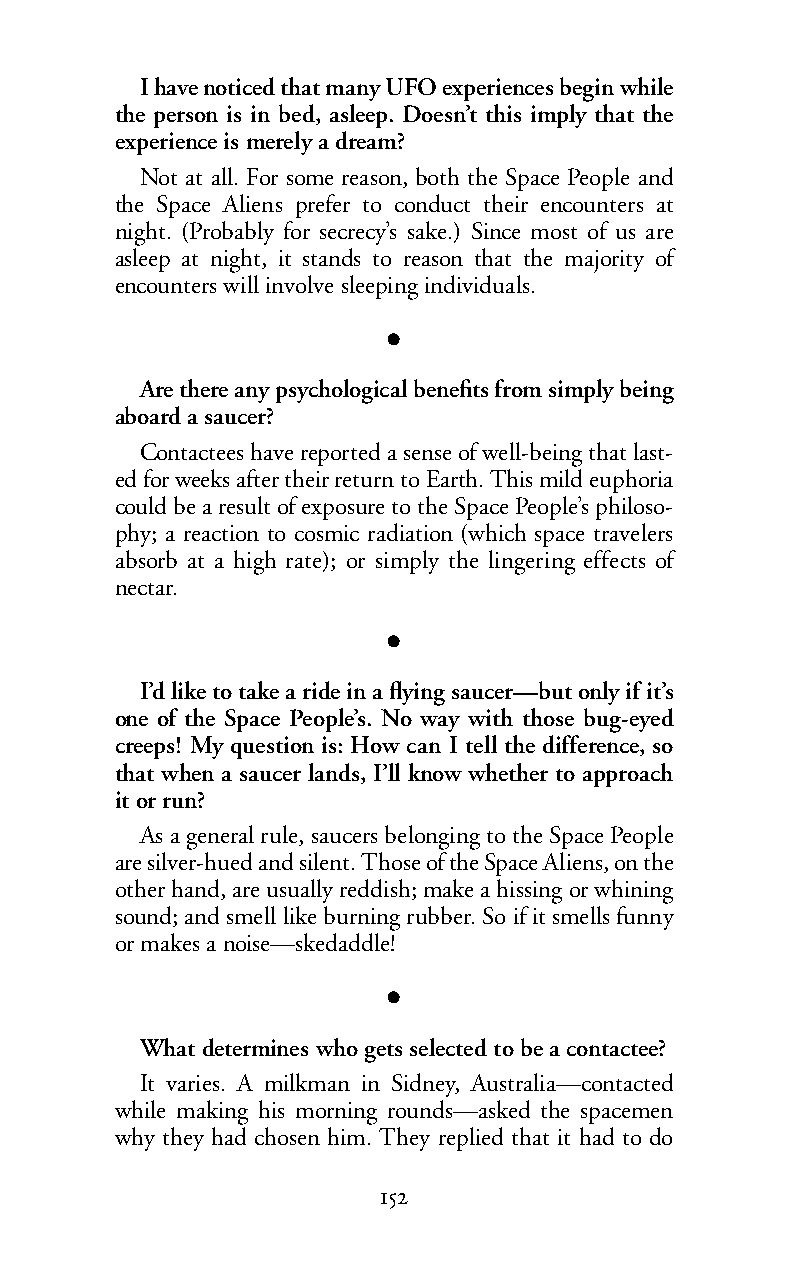
Ihave noticed that many UFO experiences begin while
 the person is in bed, asleep. Doesn’t this imply that the
 experience is merely a dream?
 Not at all. For some reason, both the Space People and
 the Space Aliens prefer to conduct their encounters at
 night. (Probably for secrecy’s sake.) Since most of us are
 asleep at night, it stands to reason that the majority of
 encounters will involve sleeping individuals.
 l
 Are there any psychological benefits from simply being
 aboard a saucer?
 Contactees have reported a sense of well-being that last-
 ed for weeks after their return to Earth. This mild euphoria
 could be a result of exposure to the Space People’s philoso-
 phy; a reaction to cosmic radiation (which space travelers
 absorb at a high rate); or simply the lingering effects of
 nectar.
 l
 I’d like to take a ride in a flying saucer—but only if it’s
 one of the Space People’s. No way with those bug-eyed
 creeps! My question is: How can I tell the difference, so
 that when a saucer lands, I’ll know whether to approach
 it or run?
 As a general rule, saucers belonging to the Space People
 are silver-hued and silent. Those of the Space Aliens, on the
 other hand, are usually reddish; make a hissing or whining
 sound; and smell like burning rubber. So if it smells funny
 or makes a noise—skedaddle!
 l
 What determines who gets selected to be a contactee?
 It varies. A milkman in Sidney, Australia—contacted
 while making his morning rounds—asked the spacemen
 why they had chosen him. They replied that it had to do
 